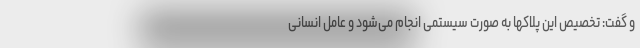
و گفت: تخصیص این پلاکها به صورت سیستمی انجام می‌شود و عامل انسانی